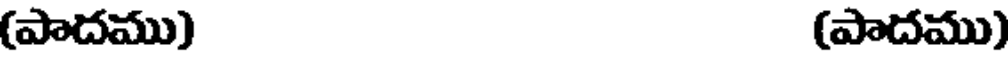
(పాదము) (పాదము)